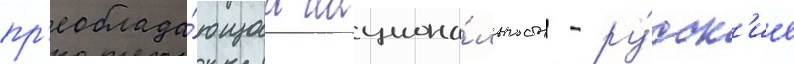
пр'еоблада́ющаа национа́льность - ру́сск'ие